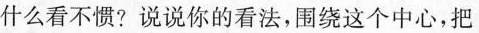
什么看不惯? 说说你的看法，围绕这个中心，把